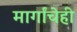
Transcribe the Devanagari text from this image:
मार्गांचेही